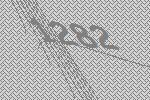
1282